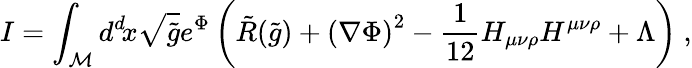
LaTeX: I=\int_{\cal{M}}d^{d}\! x\sqrt{\tilde{g}}e^{\Phi}\left(\tilde{R}(\tilde{g})+\left(\nabla\Phi\right)^{2}-{\frac{1}{12}}H_{\mu\nu\rho}H^{\mu\nu\rho}+\Lambda\right)\ ,